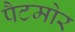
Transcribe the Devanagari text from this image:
पैटमोर